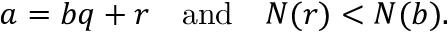
a = b q + r \quad { \mathrm { a n d } } \quad N ( r ) < N ( b ) .